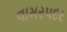
વામરપદર